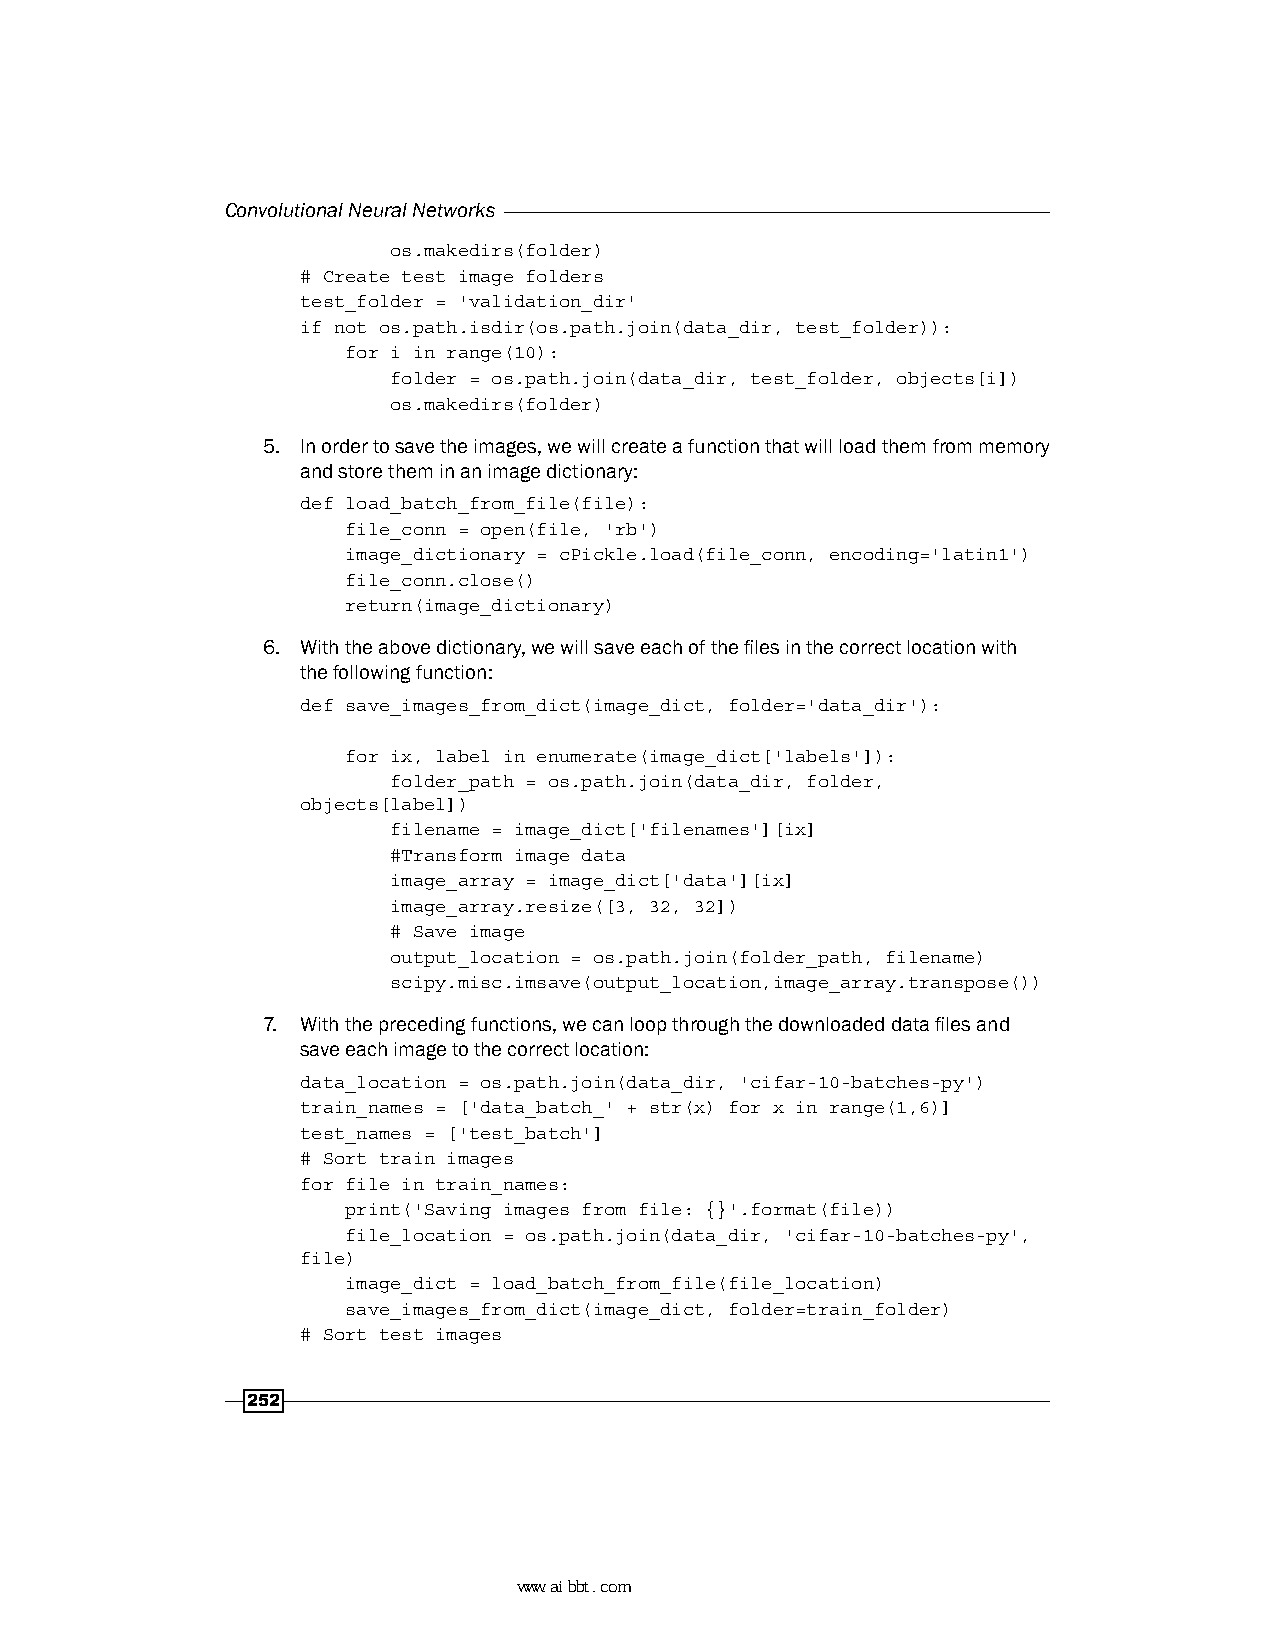
Convolutional Neural Networks
 os.makedirs(folder)
 # Create test image folders
 test_folder = 'validation_dir'
 if not os.path.isdir(os.path.join(data_dir, test_folder)):
 for i in range(10):
 folder = os.path.join(data_dir, test_folder, objects[i])
 os.makedirs(folder)
 5. In order to save the images, we will create a function that will load them from memory
 and store them in an image dictionary:
 def load_batch_from_file(file):
 file_conn = open(file, 'rb')
 image_dictionary = cPickle.load(file_conn, encoding='latin1')
 file_conn.close()
 return(image_dictionary)
 6. With the above dictionary, we will save each of the files in the correct location with
 the following function:
 def save_images_from_dict(image_dict, folder='data_dir'):
 for ix, label in enumerate(image_dict['labels']):
 folder_path = os.path.join(data_dir, folder,
 objects[label])
 filename = image_dict['filenames'][ix]
 #Transform image data
 image_array = image_dict['data'][ix]
 image_array.resize([3, 32, 32])
 # Save image
 output_location = os.path.join(folder_path, filename)
 scipy.misc.imsave(output_location,image_array.transpose())
 7. With the preceding functions, we can loop through the downloaded data files and
 save each image to the correct location:
 data_location = os.path.join(data_dir, 'cifar-10-batches-py')
 train_names = ['data_batch_' + str(x) for x in range(1,6)]
 test_names = ['test_batch']
 # Sort train images
 for file in train_names:
 print('Saving images from file: {}'.format(file))
 file_location = os.path.join(data_dir, 'cifar-10-batches-py',
 file)
 image_dict = load_batch_from_file(file_location)
 save_images_from_dict(image_dict, folder=train_folder)
 # Sort test images
 252
 www.aibbt.com 让未来触手可及